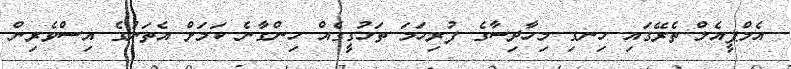
އެމްޕީއެލް ތެރޭގައި ހިނގި މިހާދިސާގެ ފުރިހަމަ ތަހުގީގެއް ހިންގާނެ ކަމަށް އެތަނުގެ އިސްވެރިން